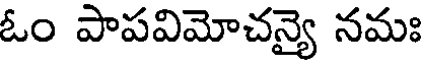
ఓం పాపవిమోచన్యై నమః